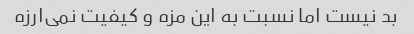
بد نیست اما نسبت به این مزه و کیفیت نمی‌ارزه